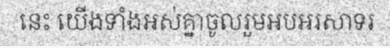
នេះ យើងទាំងអស់គ្នាចូលរួមអបអរសាទរ